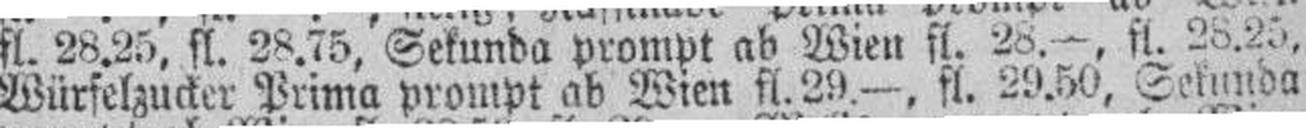
Würfelzucker Prima pompt ab Wien fl. 29.—, fl. 29.50, Sekunda